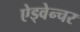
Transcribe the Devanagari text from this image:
ऐड्वेन्चर